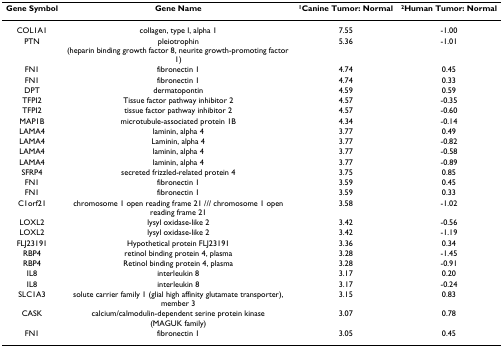
<table><thead><tr><td><b>Gene Symbol</b></td><td><b>Gene Name</b></td><td><b><sup>1</sup>Canine Tumor: Normal</b></td><td><b><sup>2</sup>Human Tumor: Normal</b></td></tr></thead><tbody><tr><td>COL1A1</td><td>collagen, type I, alpha 1</td><td>7.55</td><td>-1.00</td></tr><tr><td>PTN</td><td>pleiotrophin (heparin binding growth factor 8, neurite growth-promoting factor 1)</td><td>5.36</td><td>-1.01</td></tr><tr><td>FN1</td><td>fibronectin 1</td><td>4.74</td><td>0.45</td></tr><tr><td>FN1</td><td>fibronectin 1</td><td>4.74</td><td>0.33</td></tr><tr><td>DPT</td><td>dermatopontin</td><td>4.59</td><td>0.59</td></tr><tr><td>TFPI2</td><td>Tissue factor pathway inhibitor 2</td><td>4.57</td><td>-0.35</td></tr><tr><td>TFPI2</td><td>tissue factor pathway inhibitor 2</td><td>4.57</td><td>-0.60</td></tr><tr><td>MAP1B</td><td>microtubule-associated protein 1B</td><td>4.34</td><td>-0.14</td></tr><tr><td>LAMA4</td><td>laminin, alpha 4</td><td>3.77</td><td>0.49</td></tr><tr><td>LAMA4</td><td>Laminin, alpha 4</td><td>3.77</td><td>-0.82</td></tr><tr><td>LAMA4</td><td>laminin, alpha 4</td><td>3.77</td><td>-0.58</td></tr><tr><td>LAMA4</td><td>laminin, alpha 4</td><td>3.77</td><td>-0.89</td></tr><tr><td>SFRP4</td><td>secreted frizzled-related protein 4</td><td>3.75</td><td>0.85</td></tr><tr><td>FN1</td><td>fibronectin 1</td><td>3.59</td><td>0.45</td></tr><tr><td>FN1</td><td>fibronectin 1</td><td>3.59</td><td>0.33</td></tr><tr><td>C1orf21</td><td>chromosome 1 open reading frame 21 /// chromosome 1 open reading frame 21</td><td>3.58</td><td>-1.02</td></tr><tr><td>LOXL2</td><td>lysyl oxidase-like 2</td><td>3.42</td><td>-0.56</td></tr><tr><td>LOXL2</td><td>lysyl oxidase-like 2</td><td>3.42</td><td>-1.19</td></tr><tr><td>FLJ23191</td><td>Hypothetical protein FLJ23191</td><td>3.36</td><td>0.34</td></tr><tr><td>RBP4</td><td>retinol binding protein 4, plasma</td><td>3.28</td><td>-1.45</td></tr><tr><td>RBP4</td><td>Retinol binding protein 4, plasma</td><td>3.28</td><td>-0.91</td></tr><tr><td>IL8</td><td>interleukin 8</td><td>3.17</td><td>0.20</td></tr><tr><td>IL8</td><td>interleukin 8</td><td>3.17</td><td>-0.24</td></tr><tr><td>SLC1A3</td><td>solute carrier family 1 (glial high affinity glutamate transporter), member 3</td><td>3.15</td><td>0.83</td></tr><tr><td>CASK</td><td>calcium/calmodulin-dependent serine protein kinase (MAGUK family)</td><td>3.07</td><td>0.78</td></tr><tr><td>FN1</td><td>fibronectin 1</td><td>3.05</td><td>0.45</td></tr></tbody></table>